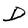
Character: D